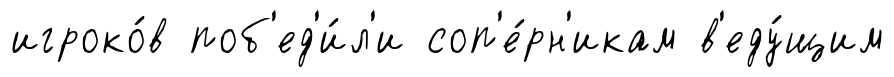
игроко́в поб'ед'и́л'и соп'е́рн'икам в'еду́щим